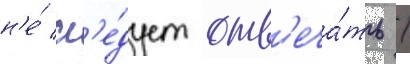
н'е́ сл'е́дует отв'еча́ть /